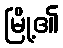
မြို့၏